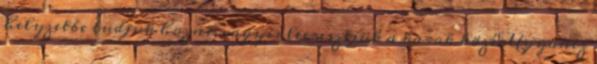
helyzetbe tudjuk hozni, vagyis leeresztjük a karok közé. Ugyanez